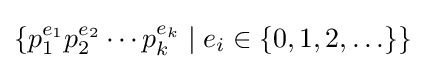
\left\{p_{1}^{e_{1}}p_{2}^{e_{2}}\cdots p_{k}^{e_{k}}\mid e_{i}\in \{0,1,2,\ldots \}\right\}